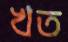
খত